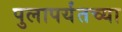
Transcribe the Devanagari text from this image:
पुलापर्यंतच्या